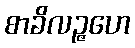
စာခိလဉ္ဇဟေ